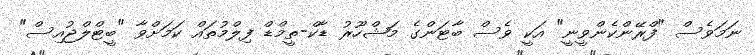
ނަމަވެސް "ފްރޭންކެންވީނީ" އަކީ ވެސް ބާޓަންގެ މަޝްހޫރު ޑާކް-ތީމްޑް ފިލްމުތައް ކަމަށްވާ "ބީޓްލްޖުއިސް"